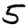
Digit: 5